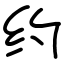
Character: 约